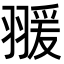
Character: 𦑛